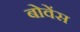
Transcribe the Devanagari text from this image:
बोवेंस